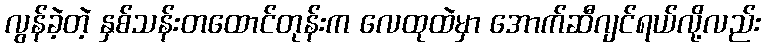
လွန်ခဲ့တဲ့ နှစ်သန်းတထောင်တုန်းက လေထုထဲမှာ အောက်ဆီဂျင်ရယ်လို့လည်း